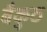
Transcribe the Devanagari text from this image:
बैकुठ